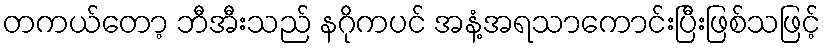
တကယ်တော့ ဘီအီးသည် နဂိုကပင် အနံ့အရသာကောင်းပြီးဖြစ်သဖြင့်